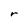
Character: r